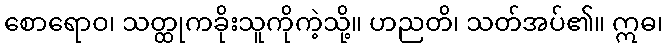
စောရောဝ၊ သတ္ထုကခိုးသူကိုကဲ့သို့။ ဟညတိ၊ သတ်အပ်၏။ ဣဓ၊